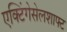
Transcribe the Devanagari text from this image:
एक्टिंगेसेलशाफ्ट